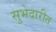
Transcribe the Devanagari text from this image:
सुभेदारीत